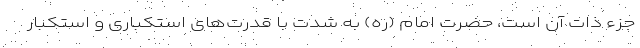
جزء ذات آن است، حضرت امام (ره) به شدت با قدرت‌های استکباری و استکبار